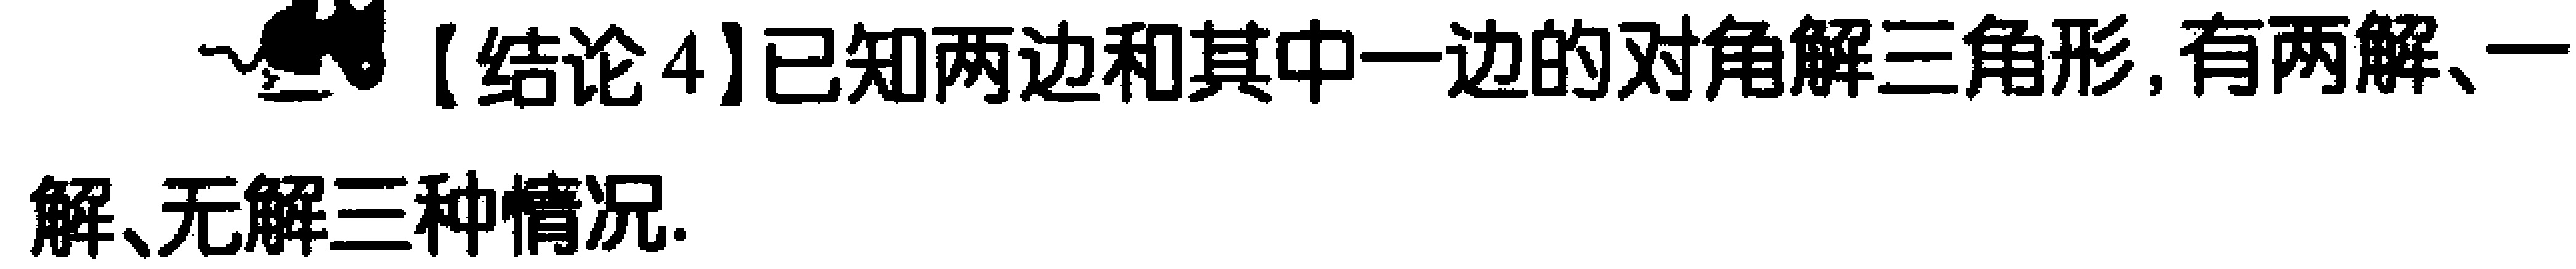
【结论4】已知两边和其中一边的对角解三角形, 有两解、一解、无解三种情况.